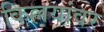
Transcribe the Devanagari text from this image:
किल्लयांवर